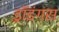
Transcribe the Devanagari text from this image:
ड्रॉइंगस